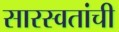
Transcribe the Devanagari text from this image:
सारस्वतांची